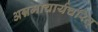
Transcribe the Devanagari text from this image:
अन्नमाचार्यचरित्